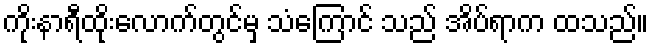
ကိုးနာရီထိုးလောက်တွင်မှ သံကြောင် သည် အိပ်ရာက ထသည်။